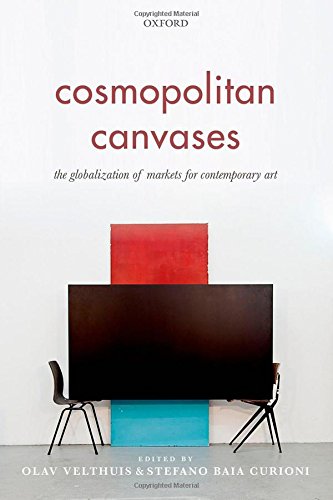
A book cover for Cosmopolitan Canvases: The Globalization of Markets for Contemporary Art; Business & Money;